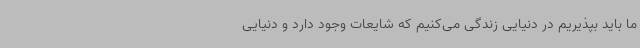
ما باید بپذیریم در دنیایی زندگی می‌کنیم که شایعات وجود دارد و دنیایی